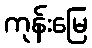
ကုန်းမြေ